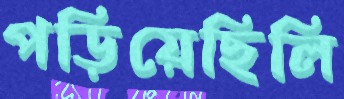
পড়িয়েছিলি